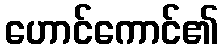
ဟောင်ကောင်၏